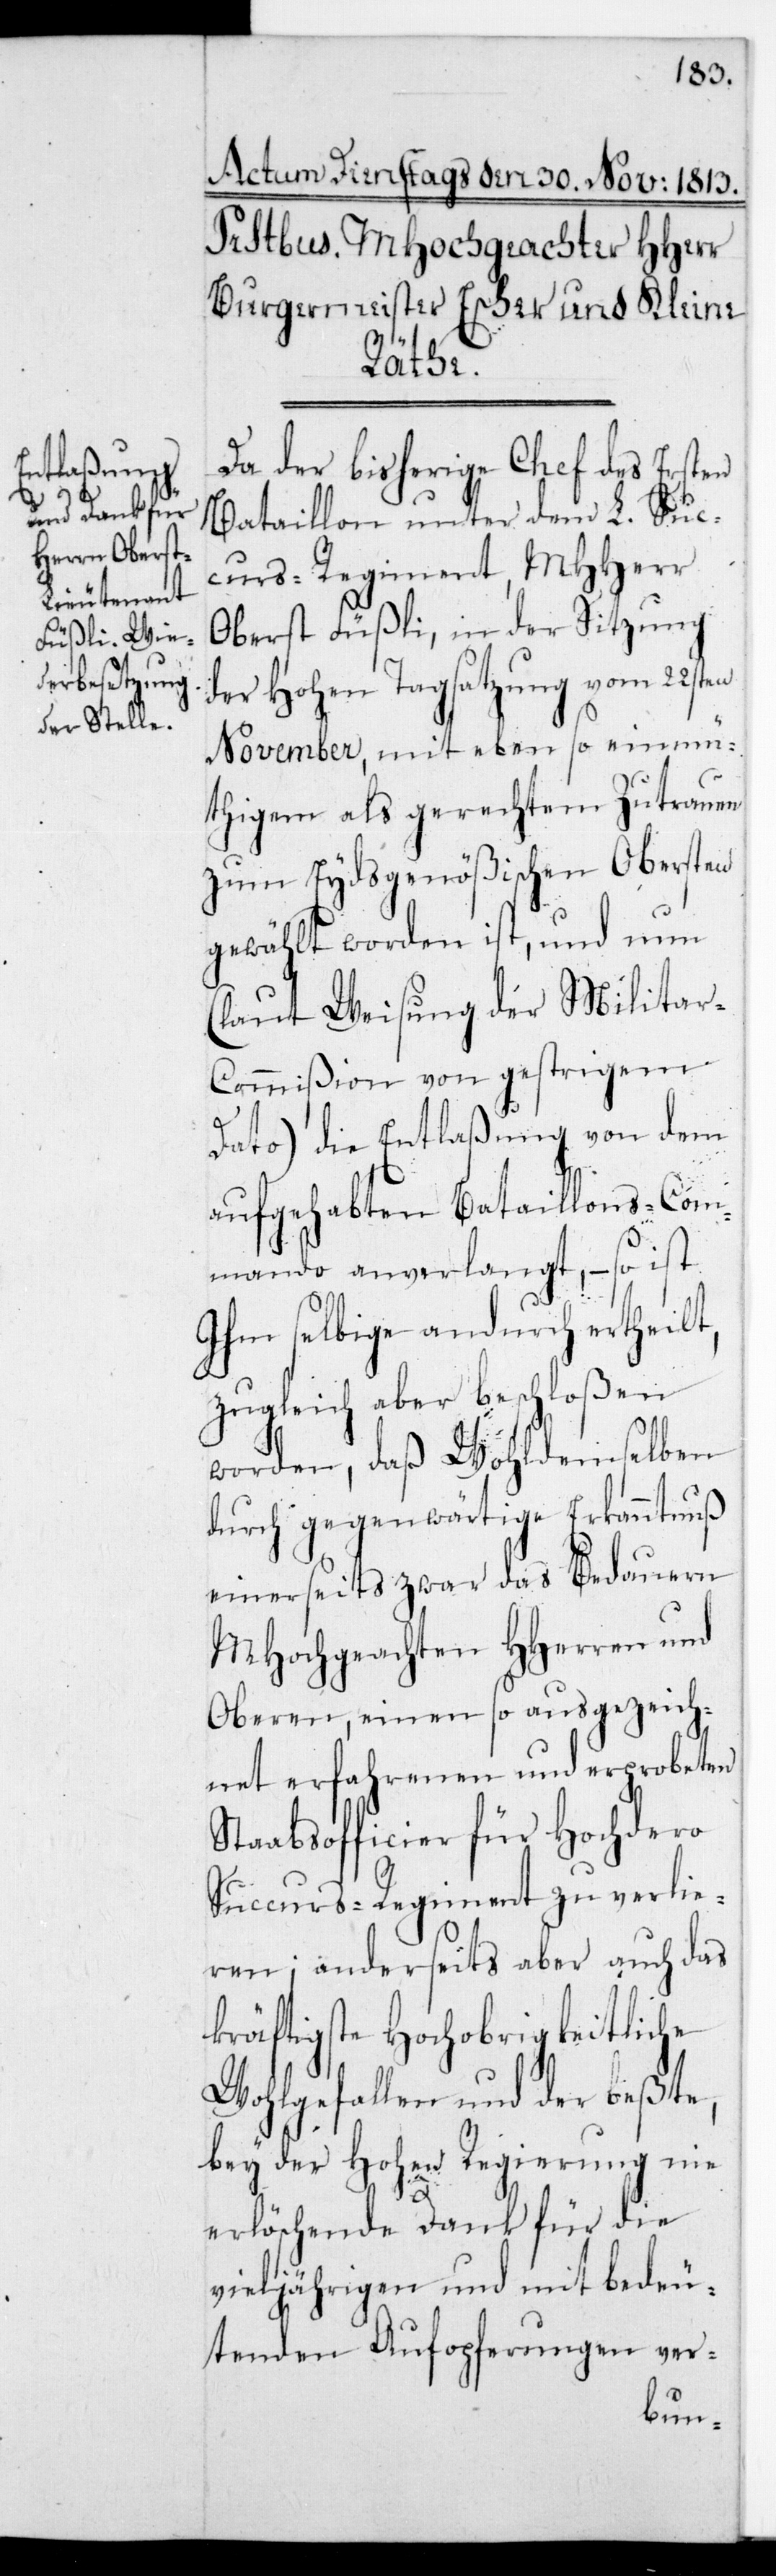
Da der bisherige Chef des ersten
Bataillon unter dem L. Suc¬
curs-Regiment, MHHerr
Oberst Füßli, in der Sitzung
der Hohen Tagsatzung vom 22sten
November, mit eben so einmü¬
thigem als gerechtem Zutrauen
zum Eydsgenößischen Obersten
gewählt worden ist, und nun
(laut Weisung der Milita¬
r-Commißion von gestrigem
Dato) die Entlaßung von dem
aufgehabten Bataillonscom¬
mando anverlangt, – so ist
Ihm selbige andurch ertheilt,
zugleich aber beschloßen
worden, daß wohldemselben
durch gegenwärtige Erkanntnuß
einerseits zwar das Bedauern
MHochgeachten HHerren und
Oberen, einen so ausgezeich¬
net erfahrenen und erprobeten
Stabsofficier für Hochdero
Succurs-Regiment zu verlie¬
ren; anderseits aber auch das
kräftigste Hochobrigkeitliche
Wohlgefallen und der beste,
bey der Hohen Regierung nie
erlöschende Dank für die
vieljährigen und mit bedeu¬
tenden Aufopferungen ver-